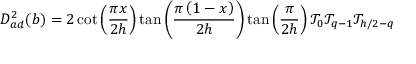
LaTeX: D _ { a d } ^ { 2 } ( b ) = 2 \cot \left( \frac { \pi x } { 2 h } \right) \tan \left( \frac { \pi \left( 1 - x \right) } { 2 h } \right) \tan \left( \frac { \pi } { 2 h } \right) \mathcal { T } _ { 0 } \mathcal { T } _ { q - 1 } \mathcal { T } _ { h / 2 - q }